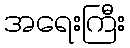
အရေးကြီး